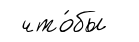
что́бы